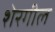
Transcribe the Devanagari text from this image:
शेरगील